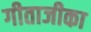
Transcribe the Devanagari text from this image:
गीताजीका